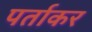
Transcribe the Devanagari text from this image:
पर्ताकर